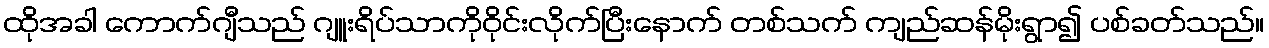
ထိုအခါ ကောက်ဂျီသည် ဂျူးရိပ်သာကိုဝိုင်းလိုက်ပြီးနောက် တစ်သက် ကျည်ဆန်မိုးရွာ၍ ပစ်ခတ်သည်။